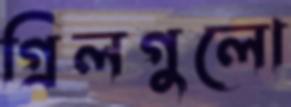
গ্রিলগুলো